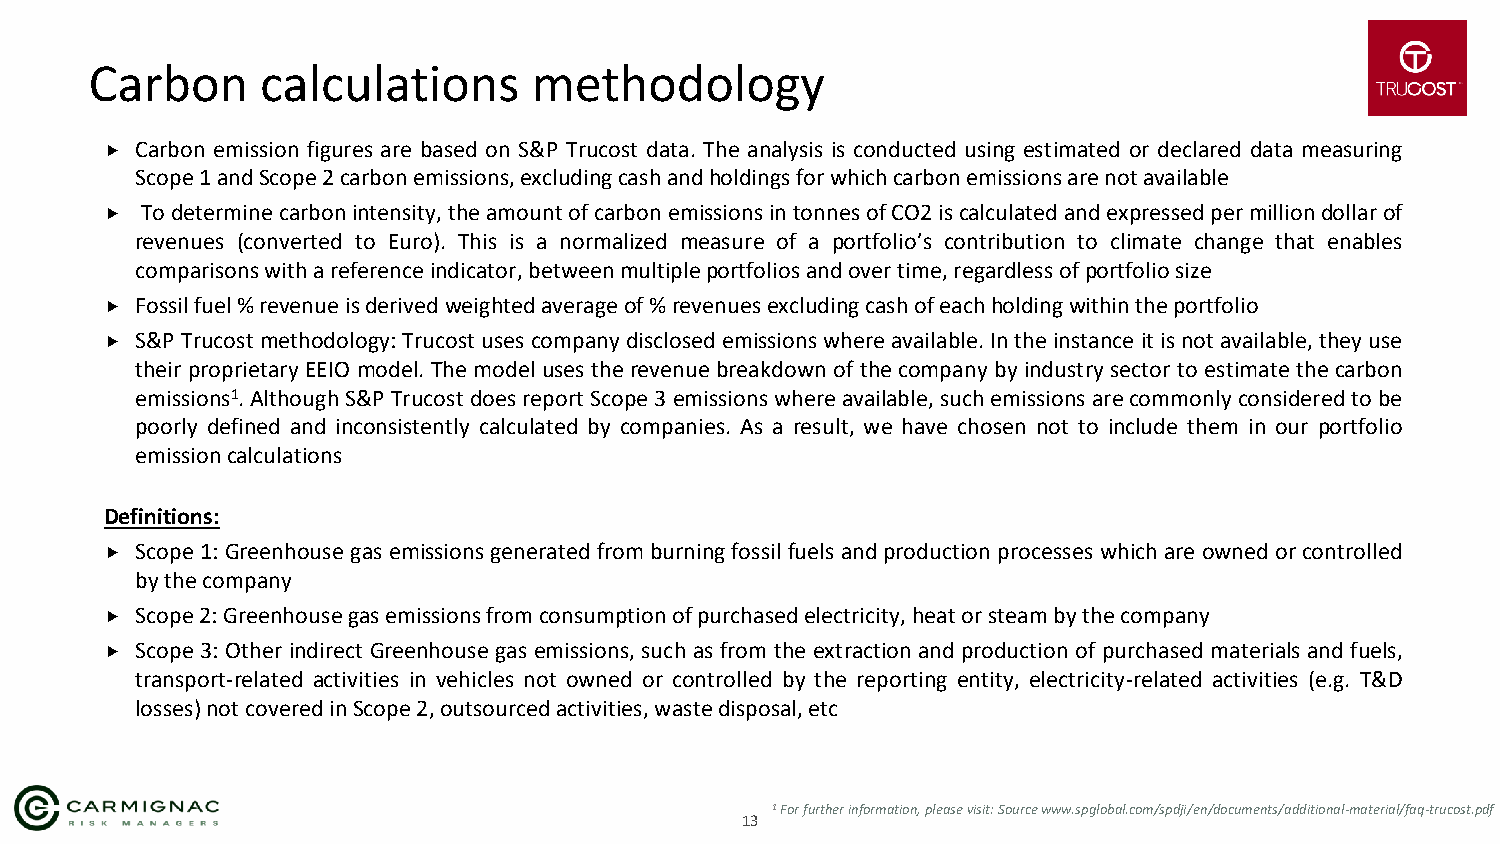
Carbon     calculations      methodology
  Carbon emission figures are based on S&P Trucost data. The analysis is conducted using estimated or declared data measuring
 Scope1andScope2carbonemissions,excludingcashandholdingsforwhichcarbonemissionsarenotavailable
  Todeterminecarbonintensity,theamountofcarbonemissionsintonnesofCO2iscalculatedandexpressedpermilliondollarof
 revenues (converted to Euro). This is a normalized measure of a portfolio’s contribution to climate change that enables
 comparisonswithareferenceindicator,betweenmultipleportfoliosandovertime,regardlessofportfoliosize
  Fossilfuel%revenueisderivedweightedaverageof%revenuesexcludingcashofeachholdingwithintheportfolio
  S&PTrucostmethodology:Trucostusescompanydisclosedemissionswhereavailable.Intheinstanceitisnotavailable,theyuse
 their proprietary EEIO model. Themodel uses the revenue breakdown of the company by industry sector to estimate the carbon
 emissions1.AlthoughS&PTrucostdoes reportScope3emissionswhereavailable,suchemissions arecommonlyconsideredtobe
 poorly defined and inconsistently calculated by companies. As a result, we have chosen not to include them in our portfolio
 emissioncalculations
 Definitions:
  Scope 1: Greenhousegas emissions generatedfromburningfossil fuels andproductionprocesses whichare ownedorcontrolled
 bythecompany
  Scope2:Greenhousegasemissionsfromconsumptionofpurchasedelectricity,heatorsteambythecompany
  Scope 3: Other indirect Greenhouse gas emissions, such as from the extraction and production of purchased materials and fuels,
 transport-related activities in vehicles not owned or controlled by the reporting entity, electricity-related activities (e.g. T&D
 losses)notcoveredinScope2,outsourcedactivities,wastedisposal,etc
 1For further information, please visit: Source www.spglobal.com/spdji/en/documents/additional-material/faq-trucost.pdf
 13